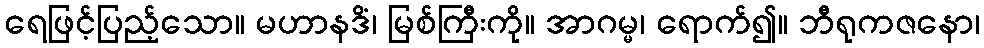
ရေဖြင့်ပြည့်သော။ မဟာနဒိံ၊ မြစ်ကြီးကို။ အာဂမ္မ၊ ရောက်၍။ ဘီရုကဇနော၊